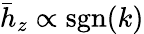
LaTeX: \bar{h}_{z}\propto\textrm{sgn}(k)